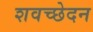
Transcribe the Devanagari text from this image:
शवच्छेदन